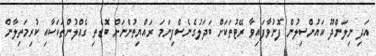
އަދި ނިލަންދޫ ކައުންސިލުން ފޮނުވާފައިވާ ރޭޓުތަކަށް ބަދަލުގެނެސްފިނަމަ ރައްޔިތުންނަށް ބޮޑެތި ގެއްލުންތަކަކާއި ކުރިމަތިލާން